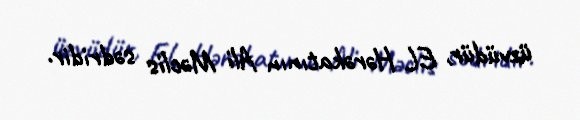
üzvüdür, EL Hərəkatının Ali Məclis sədridir.